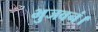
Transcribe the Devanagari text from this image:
भुजवनं।